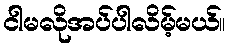
ငါမလိုအပ်ပါလိမ့်မယ်။